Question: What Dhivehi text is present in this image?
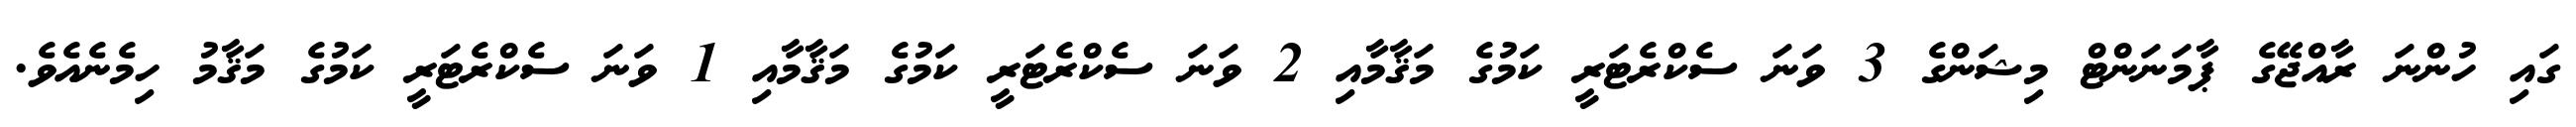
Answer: ގައި ހުންނަ ރާއްޖޭގެ ޕާމަނަންޓް މިޝަންގެ 3 ވަނަ ސެކްރެޓަރީ ކަމުގެ މަޤާމާއި 2 ވަނަ ސެކްރެޓަރީ ކަމުގެ މަޤާމާއި 1 ވަނަ ސެކްރެޓަރީ ކަމުގެ މަޤާމު ހިމެނެއެވެ.